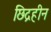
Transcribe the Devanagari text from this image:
छिद्रहीन